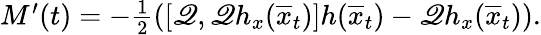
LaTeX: \begin{array}{r}{M^{\prime}(t)=-\frac{1}{2}\left([\mathscr{Q},\mathscr{Q}h_{x}(\overline{{x}}_{t})]h(\overline{{x}}_{t})-\mathscr{Q}h_{x}(\overline{{x}}_{t})\right).}\end{array}